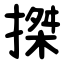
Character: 搩